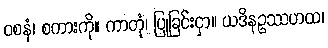
ဝစနံ၊ စကားကို။ ကာတုံ၊ ပြုခြင်းငှာ။ ယဒိနဥဿဟထ၊